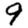
Digit: 9